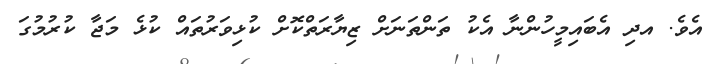
އެވެ. އދި އެބައިމީހުންނާ އެކު ތަންތަނަށް ޒިޔާރަތްކޮށް ކުޅިވަރުތައް ކުޅެ މަޖާ ކުރުމުގަ